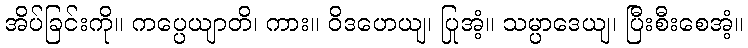
အိပ်ခြင်းကို။ ကပ္ပေယျာတိ၊ ကား။ ဝိဒဟေယျ၊ ပြုအံ့။ သမ္ပာဒေယျ၊ ပြီးစီးစေအံ့။